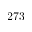
2 7 3